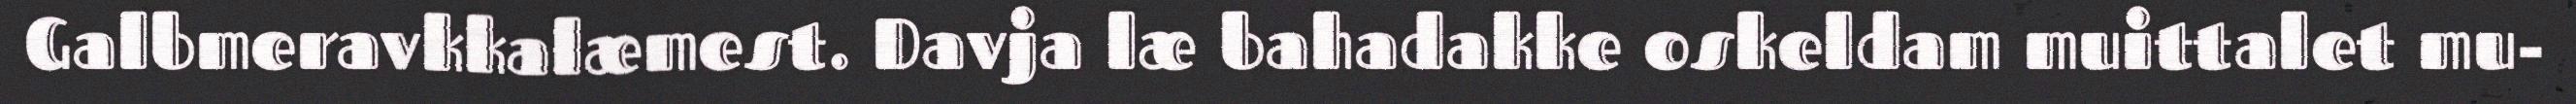
Galbmeravkkalæmest. Davja læ bahadakke oskeldam muittalet mu-